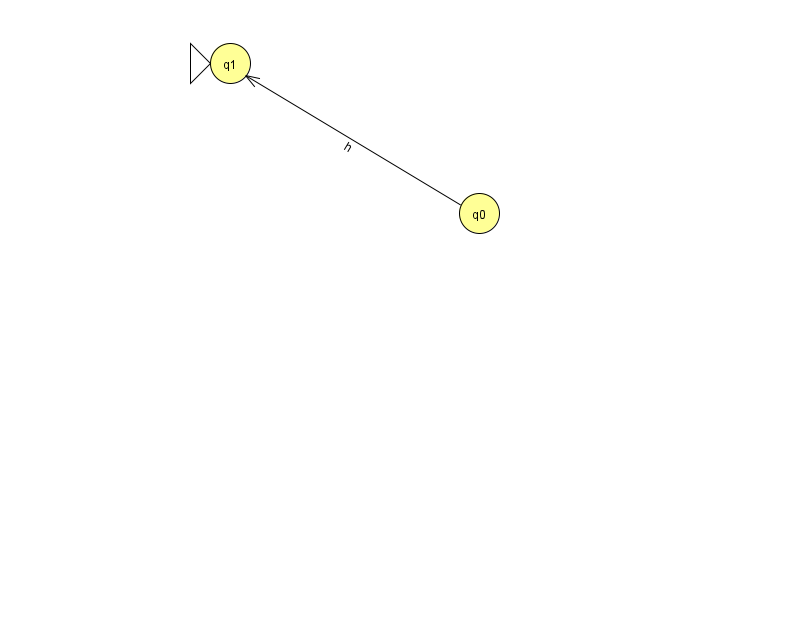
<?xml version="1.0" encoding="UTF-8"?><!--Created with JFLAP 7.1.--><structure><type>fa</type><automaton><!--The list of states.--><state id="0" name="q0"><x>479.0</x><y>200.0</y></state><state id="1" name="q1"><x>230.0</x><y>50.0</y><initial/></state><!--The list of transitions.--><transition><from>0</from><to>1</to><read>h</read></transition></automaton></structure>